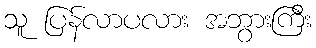
သူ ပြန်လာပလား အဘွားကြီး